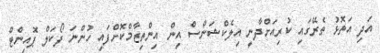
އަދި އަތޮޅު ތެރޭގައި ކުރިއަށްދާނީ އިލެކްޝަންސް އިން އިންތިޒާމްކޮށްފައި ހުންނަ ފޯކަލް ޕޮއިންޓް